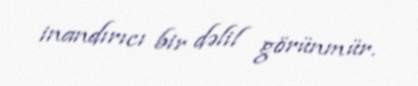
inandırıcı bir dəlil görünmür.